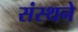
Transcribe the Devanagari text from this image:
संस्थने